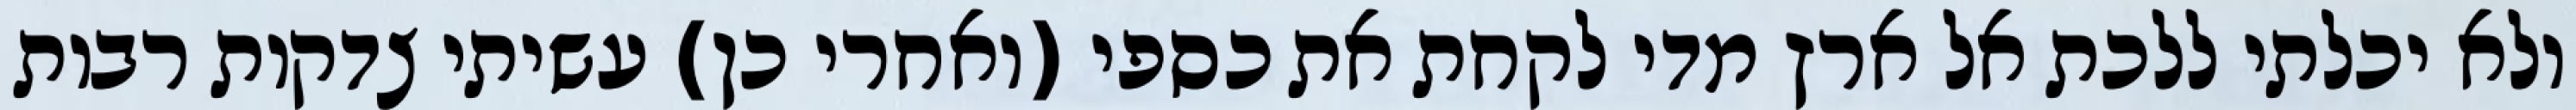
ולא יכלתי ללכת אל ארץ מדי לקחת את כספי (ואחרי כן) עשיתי צדקות רבות